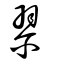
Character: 翏